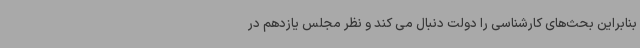
بنابراین بحث‌های کارشناسی را دولت دنبال می کند و نظر مجلس یازدهم در